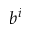
b ^ { i }